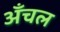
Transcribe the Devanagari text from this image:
अँचल